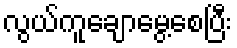
လွယ်ကူချောမွေ့စေပြီး